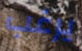
يرغب